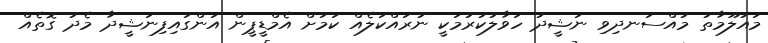
މައުލޫމާތު މުއްސަނދިވި ނަޝީދު ހަވާލުކުރުމަކީ ނުރައްކަލެއް ކަމަށް އެމްޑީޕީން އަންގައިފިނަޝީދާ މެދު ގޮތެއް